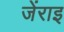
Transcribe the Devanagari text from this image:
जेंराइ